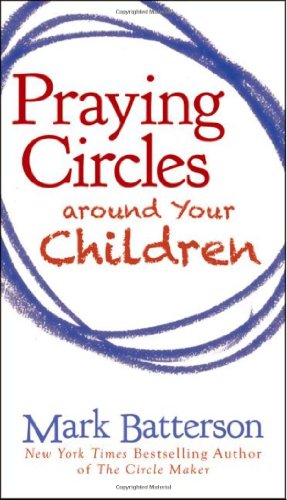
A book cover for Praying Circles around Your Children; Mark Batterson; Christian Books & Bibles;